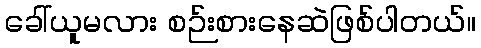
ခေါ်ယူမလား စဉ်းစားနေဆဲဖြစ်ပါတယ်။